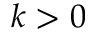
k > 0